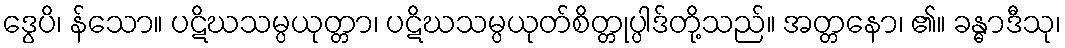
ဒွေပိ၊ န်သော။ ပဋိဃသမ္ပယုတ္တာ၊ ပဋိဃသမ္ပယုတ်စိတ္တုပ္ပါဒ်တို့သည်။ အတ္တနော၊ ၏။ ခန္ဓာဒီသု၊